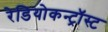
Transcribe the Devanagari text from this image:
रेडियोकन्ट्रॉस्ट